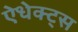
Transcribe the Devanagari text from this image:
ऐधेक्ट्स